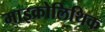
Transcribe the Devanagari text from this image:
माइक्रोलिथिक